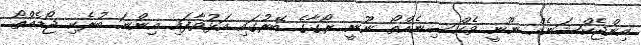
އިންޖެކްޝަނެއް ނޫނީ ވެކްސިނެއްތޯ ނޫނީ ރޯގާގެ ބޭރުގައި އަޅުވާފައި އިންނަ ބުރެކި ޖޯޑެއްތޯ